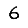
Digit: 6